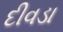
દીવડા